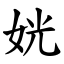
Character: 姯